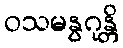
ဝသမနွဂုန္တိ